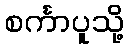
စင်္ကာပူသို့